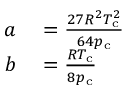
\begin{array} { r l } { a } & { { } = { \frac { 2 7 R ^ { 2 } T _ { \mathrm { c } } ^ { 2 } } { 6 4 p _ { \mathrm { c } } } } } \\ { b } & { { } = { \frac { R T _ { \mathrm { c } } } { 8 p _ { \mathrm { c } } } } } \end{array}